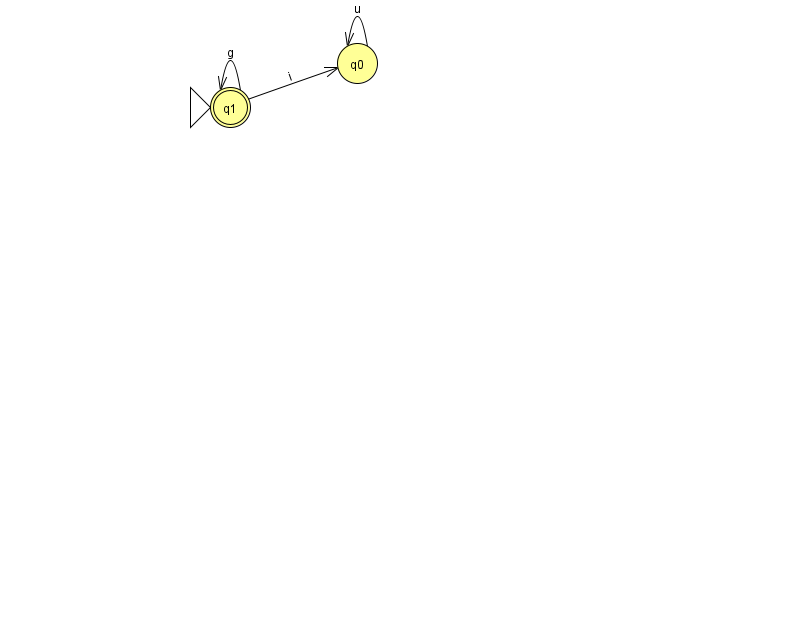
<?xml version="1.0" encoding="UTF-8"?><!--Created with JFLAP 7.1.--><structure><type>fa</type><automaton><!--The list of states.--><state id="0" name="q0"><x>357.0</x><y>50.0</y></state><state id="1" name="q1"><x>230.0</x><y>94.0</y><initial/><final/></state><!--The list of transitions.--><transition><from>0</from><to>0</to><read>u</read></transition><transition><from>1</from><to>1</to><read>g</read></transition><transition><from>1</from><to>0</to><read>i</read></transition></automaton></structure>